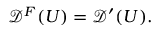
{ \mathcal { D } } ^ { F } ( U ) = { \mathcal { D } } ^ { \prime } ( U ) .